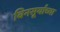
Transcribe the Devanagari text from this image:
बिनसूर्याच्या